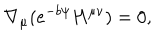
LaTeX: \nabla _ { \mu } ( e ^ { - b \psi } H ^ { \mu \nu } ) = 0 ,